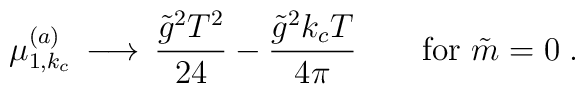
\mu_{1,k_c}^{(a)} \, \longrightarrow \,{\tilde g^2T^2\over 24} - {\tilde g^2k_cT\over 4\pi} \qquad \hbox{for $\tilde m=0$}\; .